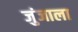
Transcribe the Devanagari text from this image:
जुंजाला